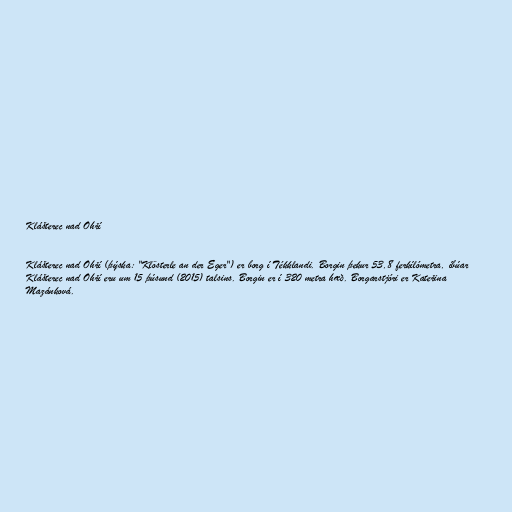
Klášterec nad Ohří

Klášterec nad Ohří (þýska: "Klösterle an der Eger") er borg í Tékklandi. Borgin þekur 53,8 ferkílómetra, íbúar
Klášterec nad Ohří eru um 15 þúsund (2015) talsins. Borgin er í 320 metra hæð. Borgarstjóri er Kateřina
Mazánková.